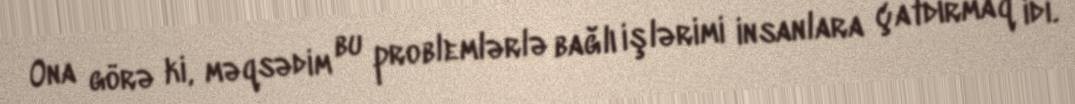
Ona görə ki, məqsədim bu problemlərlə bağlı işlərimi insanlara çatdırmaq idi.